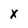
Character: X